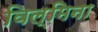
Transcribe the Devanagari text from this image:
विल्‍मिना